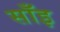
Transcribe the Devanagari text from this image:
साँइ